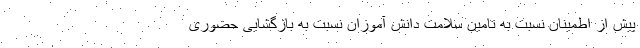
پیش از اطمینان نسبت به تامین سلامت دانش آموزان نسبت به بازگشایی حضوری